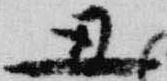
丑